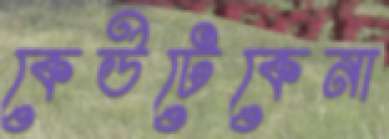
কেউটেকেনা